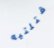
قتلتيه